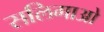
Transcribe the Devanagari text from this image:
सलिगाओ